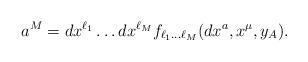
LaTeX: \begin{align*}a^M=dx^{\ell_1}\dots dx^{\ell_M}f_{\ell_1\dots \ell_M}(dx^a,x^\mu,y_A).\end{align*}